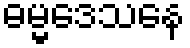
ဓမ္မဒေသနေ